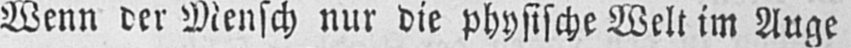
Wenn der Mensch nur die physische Welt im Auge